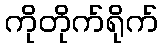
ကိုတိုက်ရိုက်